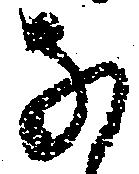
な